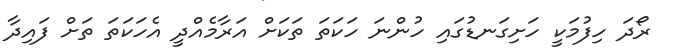
ރޯދަ ހިފުމަކީ ހަށިގަނޑުގައި ހުންނަ ހަކަތަ ތަކަށް އަރާމެއްދީ އެހަކަތަ ތަށް ފައިދާ